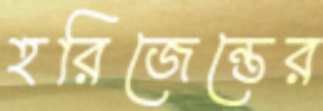
হরিজেন্তের